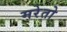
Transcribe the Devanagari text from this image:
मरेतो